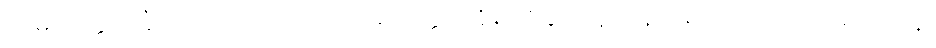
သမ္ပယုတ္တသင်္ခါရသဒိသာယေဝ၊ သမ္ပယုတ္တသင်္ခါရတို့နှင့် တူကုန်သည် သာလျှင်တည်း။ ပန၊